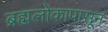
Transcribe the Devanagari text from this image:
ब्रह्मलोकापासून